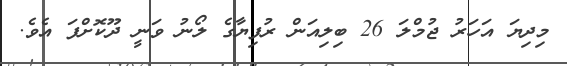
މިދިޔަ އަހަރު ޖުމްލަ 26 ބިލިއަން ރުފިޔާގެ ލޯނު ވަނީ ދޫކޮށްފަ އެވެ.